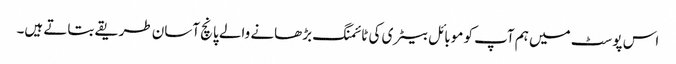
اس پوسٹ میں ہم آپ کو موبائل بیٹری کی ٹائمنگ بڑھانے والے پانچ آسان طریقے بتاتے ہیں۔